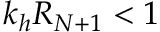
k _ { h } R _ { N + 1 } < 1